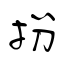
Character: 扮